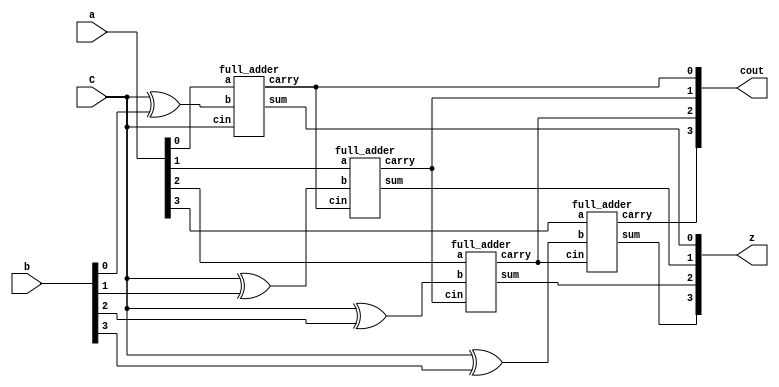
module four_bit_add_sub(input [3:0] a,input [3:0] b, input C, output [3:0]z, output [3:0]cout);

wire x0,x1,x2,x3;
assign x0 = C^b[0];
assign x1 = C^b[1];
assign x2 = C^b[2];
assign x3 = C^b[3];

full_adder inst1(a[0],x0,C,z[0],cout[0]);
full_adder inst2(a[1],x1,cout[0],z[1],cout[1]);
full_adder inst3(a[2],x2,cout[1],z[2],cout[2]);
full_adder inst4(a[3],x3,cout[2],z[3],cout[3]);
endmodule


module full_adder(input a,b,cin, output sum,carry);
  assign sum = a^b^cin;
  assign carry = a&b|b&cin|cin&a;
endmodule